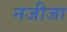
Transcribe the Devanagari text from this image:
नजीजा